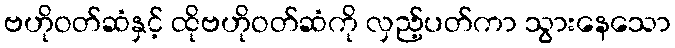
ဗဟိုဝတ်ဆံနှင့် ထိုဗဟိုဝတ်ဆံကို လှည့်ပတ်ကာ သွားနေသော